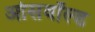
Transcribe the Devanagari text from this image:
ओसवॉल्ड